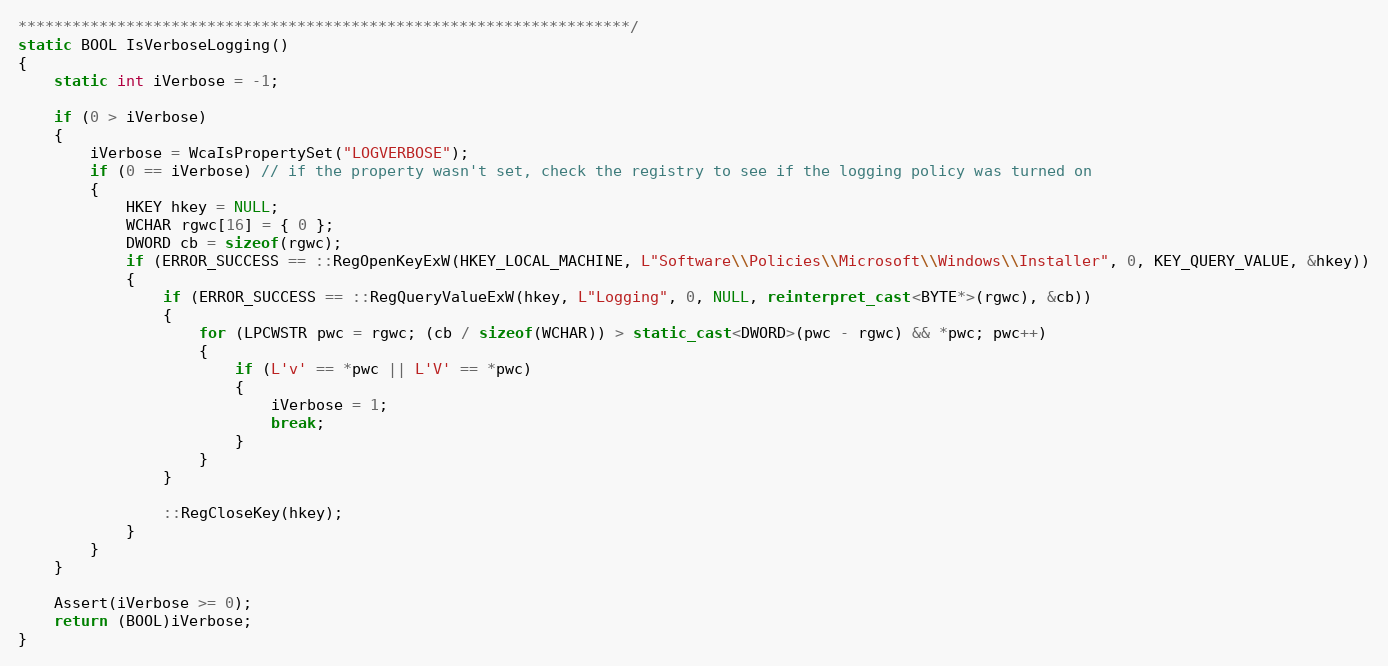
Language: C++
********************************************************************/
static BOOL IsVerboseLogging()
{
	static int iVerbose = -1;

	if (0 > iVerbose)
	{
		iVerbose = WcaIsPropertySet("LOGVERBOSE");
		if (0 == iVerbose) // if the property wasn't set, check the registry to see if the logging policy was turned on
		{
			HKEY hkey = NULL;
			WCHAR rgwc[16] = { 0 };
			DWORD cb = sizeof(rgwc);
			if (ERROR_SUCCESS == ::RegOpenKeyExW(HKEY_LOCAL_MACHINE, L"Software\\Policies\\Microsoft\\Windows\\Installer", 0, KEY_QUERY_VALUE, &hkey))
			{
				if (ERROR_SUCCESS == ::RegQueryValueExW(hkey, L"Logging", 0, NULL, reinterpret_cast<BYTE*>(rgwc), &cb))
				{
					for (LPCWSTR pwc = rgwc; (cb / sizeof(WCHAR)) > static_cast<DWORD>(pwc - rgwc) && *pwc; pwc++)
					{
						if (L'v' == *pwc || L'V' == *pwc)
						{
							iVerbose = 1;
							break;
						}
					}
				}

				::RegCloseKey(hkey);
			}
		}
	}

	Assert(iVerbose >= 0);
	return (BOOL)iVerbose;
}